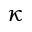
\kappa